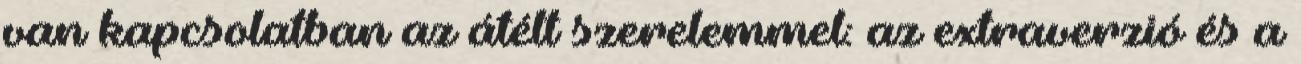
van kapcsolatban az átélt szerelemmel: az extraverzió és a